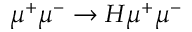
\mu ^ { + } \mu ^ { - } \to H \mu ^ { + } \mu ^ { - }